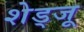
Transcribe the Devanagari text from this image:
शेड्जू